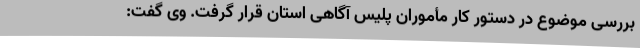
بررسی موضوع در دستور کار مأموران پلیس آگاهی استان قرار گرفت. وی گفت: